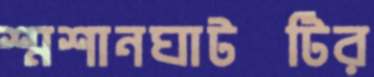
শ্মশানঘাটটির